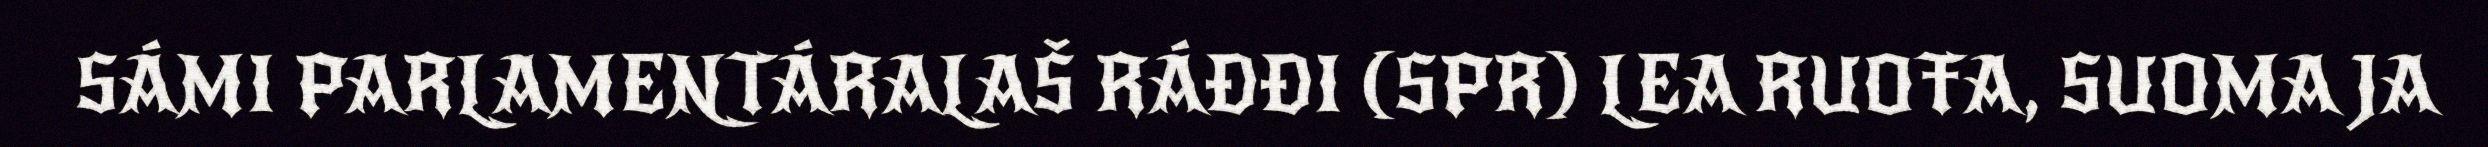
SÁMI PARLAMENTÁRALAŠ RÁĐĐI (SPR) LEA RUOŦA, SUOMA JA